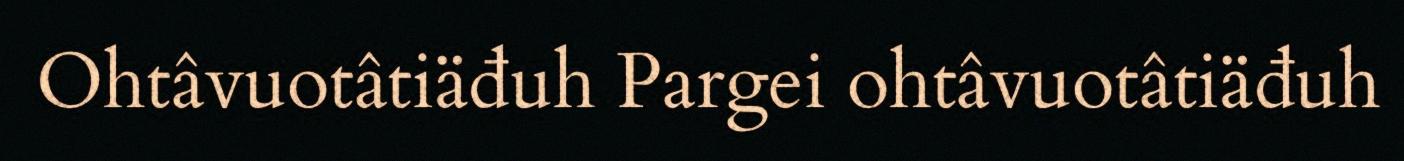
Ohtâvuotâtiäđuh Pargei ohtâvuotâtiäđuh